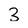
Character: 2